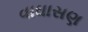
વાઘાસણ